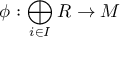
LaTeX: \phi : \bigoplus _ { i \in I } R \to M